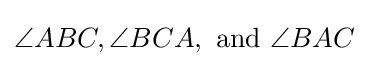
\angle ABC,\angle BCA,{\text{ and }}\angle BAC